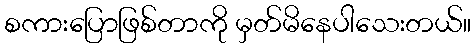
စကားပြောဖြစ်တာကို မှတ်မိနေပါသေးတယ်။